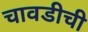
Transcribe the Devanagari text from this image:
चावडीची